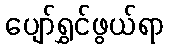
ပျော်ရွှင်ဖွယ်ရာ